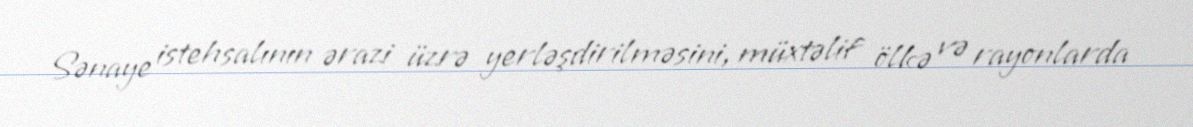
Sənaye istehsalının ərazi üzrə yerləşdirilməsini, müxtəlif ölkə və rayonlarda